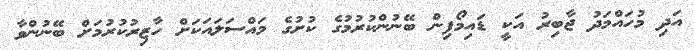
އަދި މުހައްމަދު ޖާބިރު އަކީ ޑައިމޯފިން ބޭނުންކުރުމުގެ ކުށުގެ މައްސަލައަކަށް ހާޒިރުކުރުމަށް ބޭނުންވާ